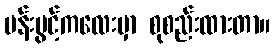
ပန်းပွင့်ကလေးမှာ စုစည်းထားတာ။